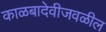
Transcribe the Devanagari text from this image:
काळबादेवीजवळील